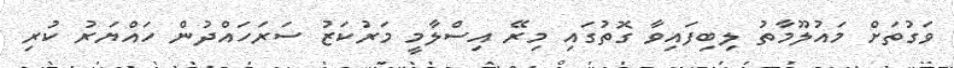
ވަގުތަށް މައުލޫމާތު ލިބިފައިވާ ގޮތުގައި މިރޭ އިސްލާމީ މަރުކަޒު ސަރަހައްދުން ހައްޔަރު ކުރި